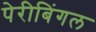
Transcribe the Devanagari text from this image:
पेरीबिंगल